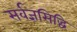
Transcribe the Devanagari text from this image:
सर्वज्ञसिद्धि